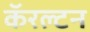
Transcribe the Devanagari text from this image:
कॅरल्टन